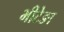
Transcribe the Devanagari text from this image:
भीटेङा